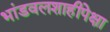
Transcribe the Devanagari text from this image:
भांडवलशाहीपेक्षा